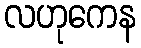
လဟုကေန